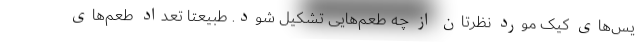
یس‌های کیک مورد نظرتان از چه طعم‌هایی تشکیل شود. طبیعتا تعداد طعم‌های